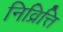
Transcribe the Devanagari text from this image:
निव्रित्ति